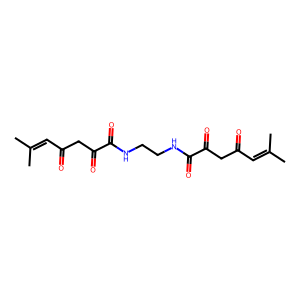
SMILES: CC(C)=CC(=O)CC(=O)C(=O)NCCNC(=O)C(=O)CC(=O)C=C(C)C
Inhibits HIV replication: No